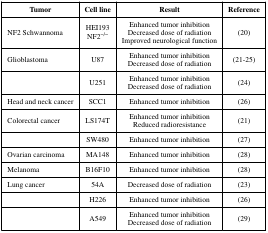
| Tumor | Cell line | Result | Reference |
 | --- | --- | --- | --- |
 | NF2 Schwannoma | HEI193NF2−/− | Enhanced tumor inhibitionDecreased dose of radiationImproved neurological function | (20) |
 | Glioblastoma | U87 | Enhanced tumor inhibitionDecreased dose of radiation | (21-25) |
 |  | U251 | Enhanced tumor inhibitionDecreased dose of radiation | (24) |
 | Head and neck cancer | SCC1 | Enhanced tumor inhibition | (26) |
 | Colorectal cancer | LS174T | Enhanced tumor inhibitionReduced radioresistance | (21) |
 |  | SW480 | Enhanced tumor inhibition | (27) |
 | Ovarian carcinoma | MA148 | Enhanced tumor inhibition | (28) |
 | Melanoma | B16F10 | Enhanced tumor inhibition | (28) |
 | Lung cancer | 54A | Decreased dose of radiation | (23) |
 |  | H226 | Enhanced tumor inhibition | (26) |
 |  | A549 | Enhanced tumor inhibitionDecreased dose of radiation | (29) |